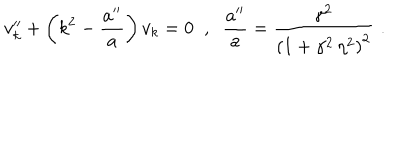
v _ { k } ^ { \prime \prime } + \left( k ^ { 2 } - \frac { a ^ { \prime \prime } } { a } \right) v _ { k } = 0 \; \; , \; \; \frac { a ^ { \prime \prime } } { a } = \frac { \gamma ^ { 2 } } { \left( 1 + \gamma ^ { 2 } \, \eta ^ { 2 } \right) ^ { 2 } } \, \, .